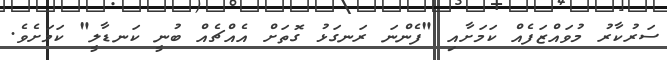
ސަރުކާރު މުވައްޒަފެއް ކަމަށާއި "ފެންނަ ރަނގަޅު ގޮތަށް އެއްޗެއް ބުނީ ކަނޑާލީ" ކަމަށެވެ.